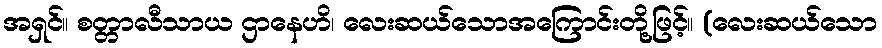
အရှင်။ စတ္တာလီသာယ ဌာနေဟိ၊ လေးဆယ်သောအကြောင်းတို့ဖြင့်။ (လေးဆယ်သော